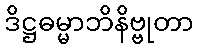
ဒိဋ္ဌဓမ္မာဘိနိဗ္ဗုတာ